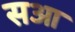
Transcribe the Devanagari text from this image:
सआ